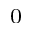
^ 0